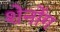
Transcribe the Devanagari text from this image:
शेनोंग